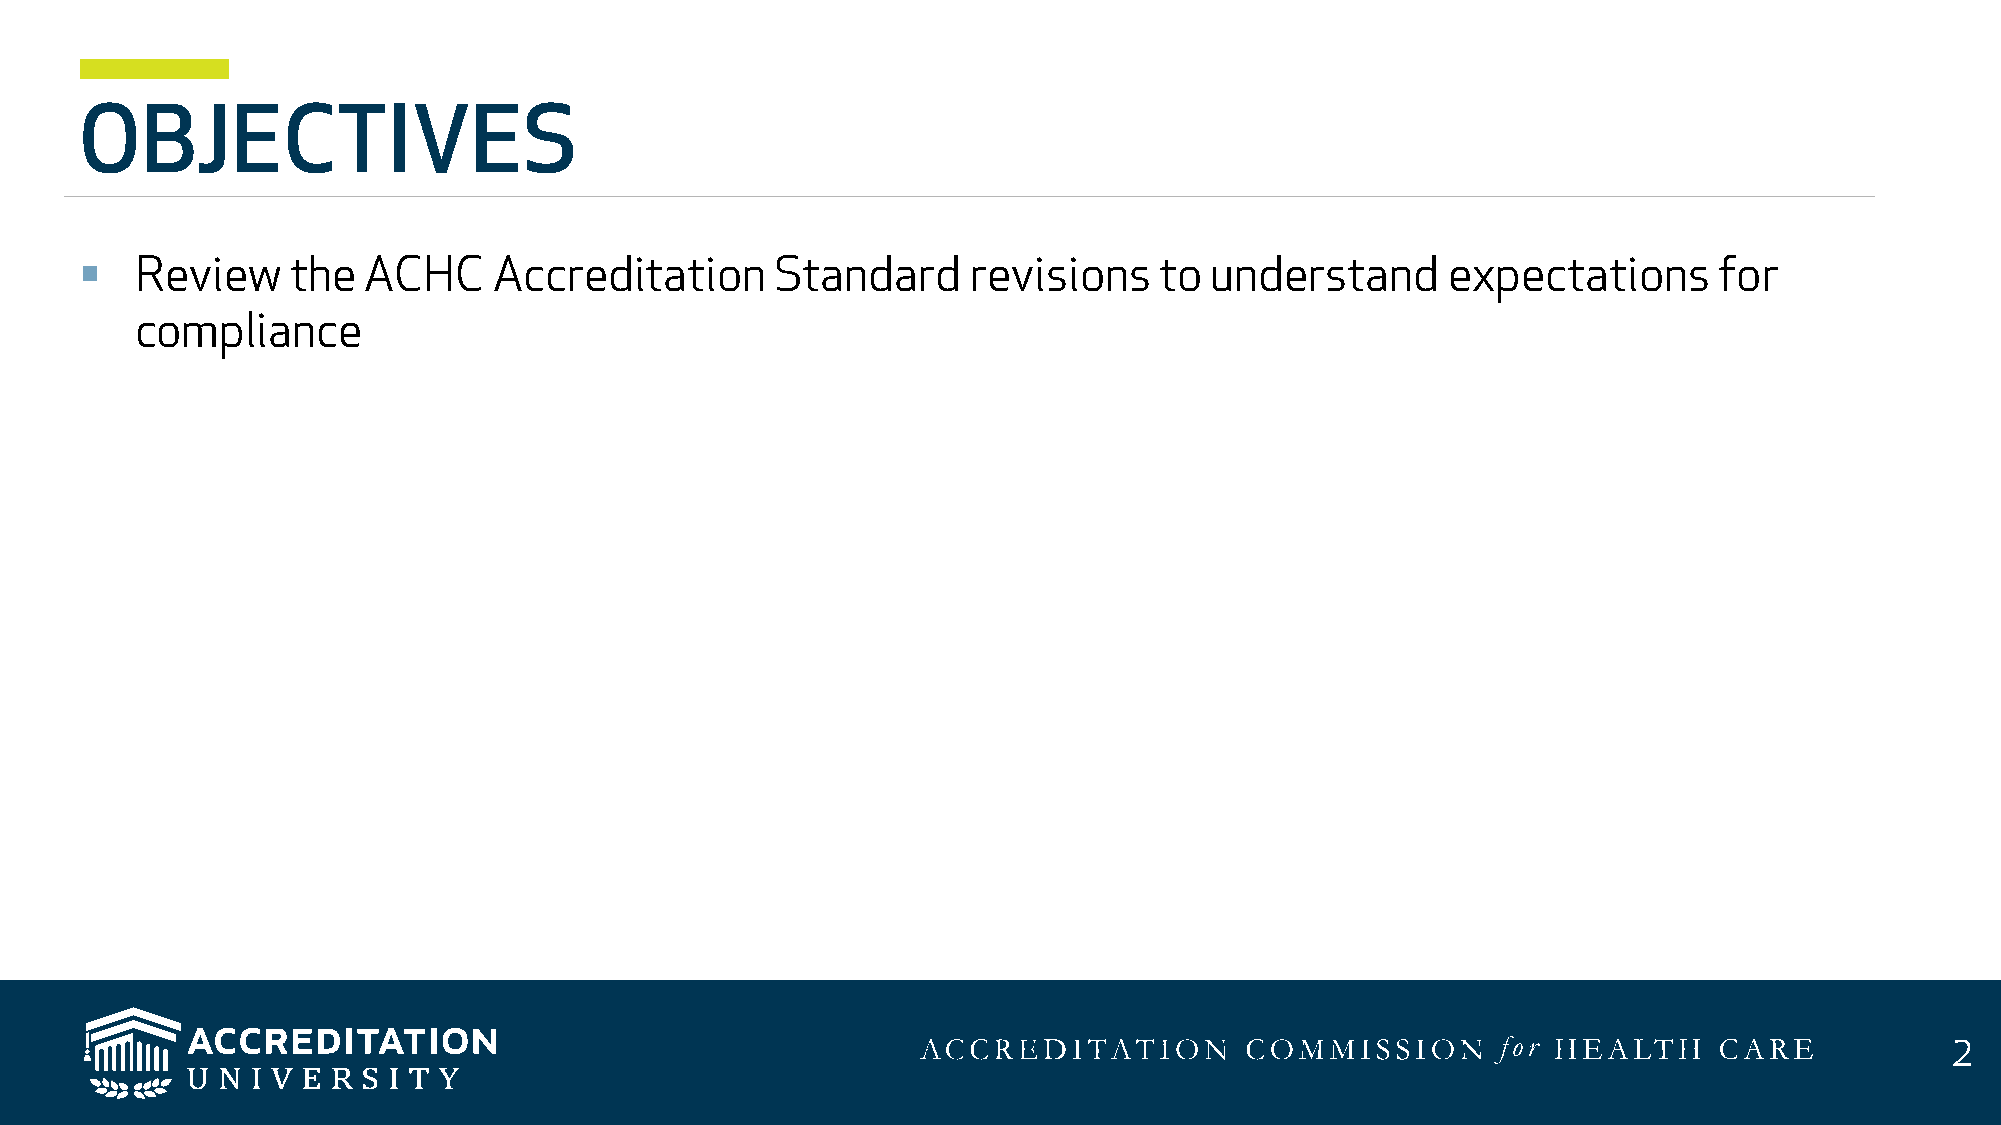
OBJECTIVES
 §   Review    the  ACHC     Accreditation     Standard     revisions    to understand      expectations      for
 compliance
 2